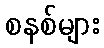
စနစ်များ